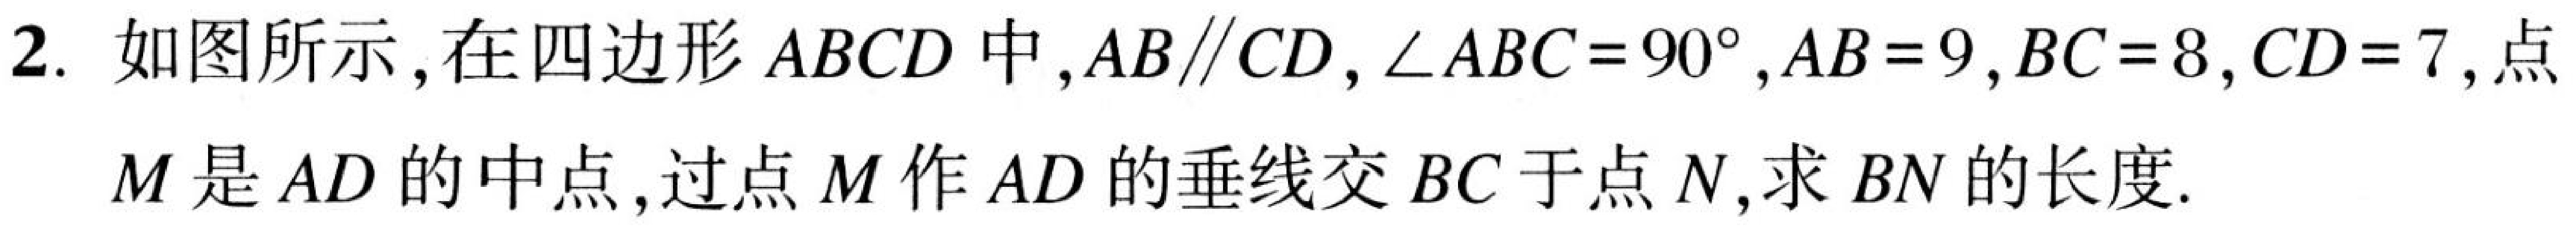
2. 如图所示，在四边形 \(ABCD\) 中，\(AB\parallel CD\)，\(\angle ABC = 90^{\circ}\)，\(AB = 9\)，\(BC = 8\)，\(CD = 7\)，点
\(M\) 是 \(AD\) 的中点，过点 \(M\) 作 \(AD\) 的垂线交 \(BC\) 于点 \(N\)，求 \(BN\) 的长度.